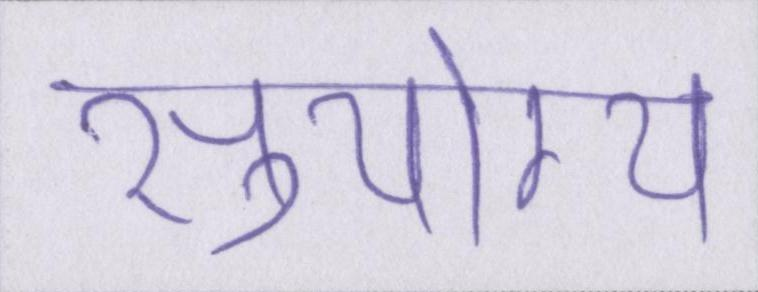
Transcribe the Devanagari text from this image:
सुयोग्य